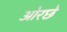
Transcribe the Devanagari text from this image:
ओरछे